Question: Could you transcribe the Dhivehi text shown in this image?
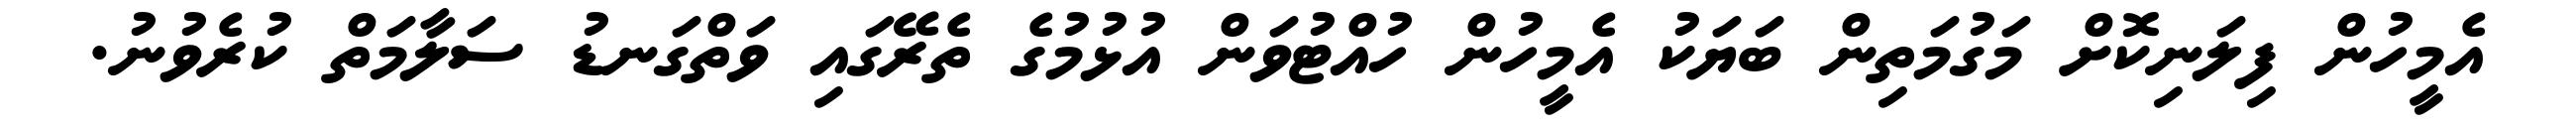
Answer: އެމީހުން ފިލަނިކޮށް މަގުމަތިން ބަޔަކު އެމީހުން ހުއްޓުވަން އުޅުމުގެ ތެރޭގައި ވަތްގަނޑު ސަލާމަތް ކުރެވުނު.